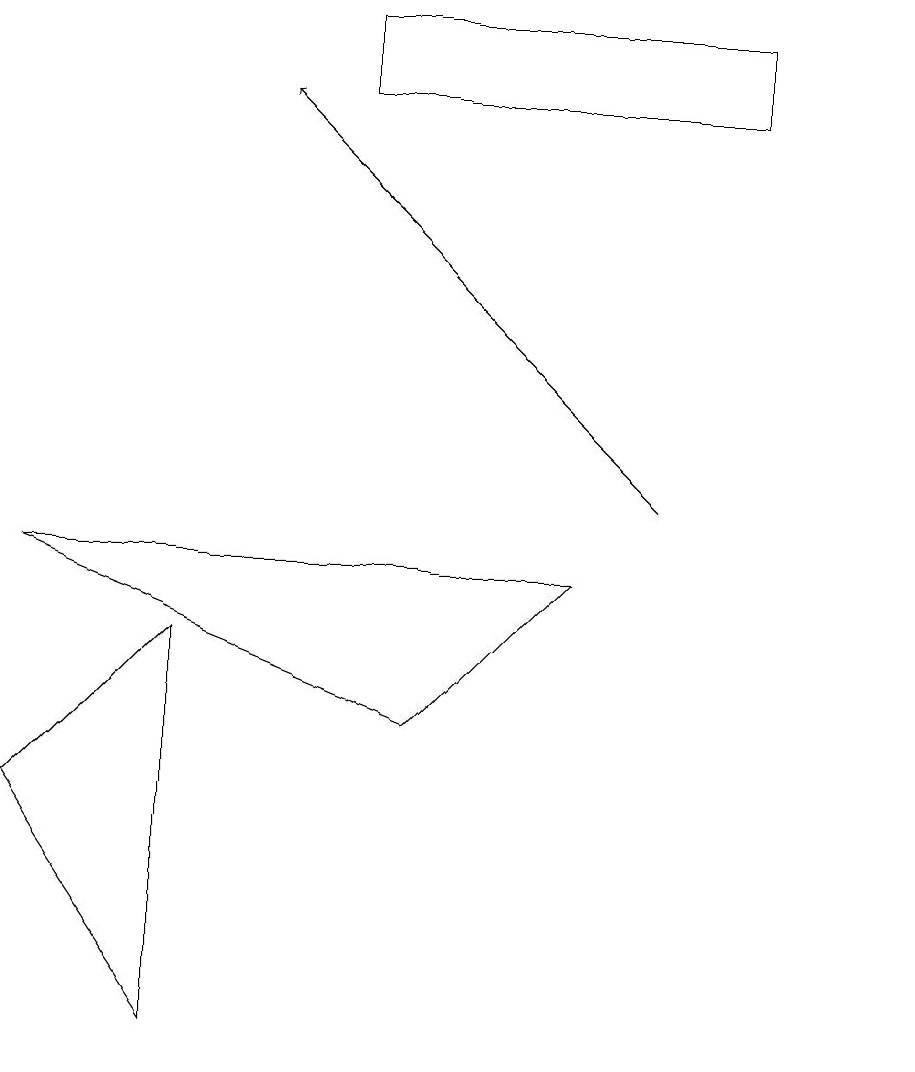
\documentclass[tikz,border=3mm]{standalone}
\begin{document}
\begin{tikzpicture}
\draw (4,16) rectangle (9,15);
\draw (0,6) -- (2,3) -- (2,8) -- cycle;
\draw[->] (8,10) -- (3,15);
\draw (11,10) circle (0);
\draw (5,7) -- (0,9) -- (7,9) -- cycle;
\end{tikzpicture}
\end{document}